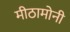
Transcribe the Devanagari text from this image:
मीठामोनी